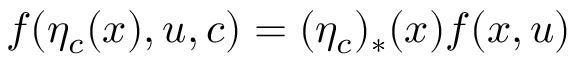
f ( \eta _ { c } ( x ) , u , c ) = ( \eta _ { c } ) _ { * } ( x ) f ( x , u )